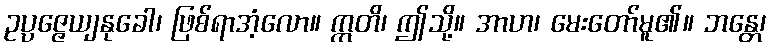
ဥပ္ပဇ္ဇေယျနုခေါ၊ ဖြစ်ရာအံ့လော။ ဣတိ၊ ဤသို့။ အာဟ၊ မေးတော်မူ၏။ ဘန္တေ၊